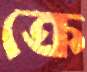
ক্রে